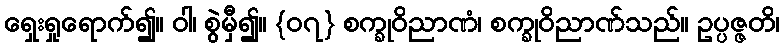
ရှေးရှုရောက်၍။ ဝါ၊ စွဲမှီ၍။ {၀၇} စက္ခုဝိညာဏံ၊ စက္ခုဝိညာဏ်သည်။ ဥပ္ပဇ္ဇတိ၊